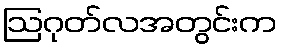
ဩဂုတ်လအတွင်းက